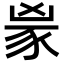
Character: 𬤼